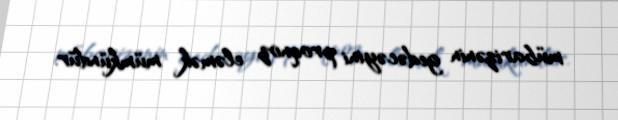
mübarizənin gedəcəyini proqnoz eləmək mümkündür.